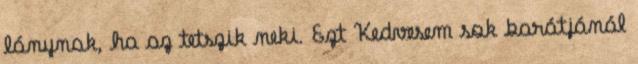
lánynak, ha az tetszik neki. Ezt Kedvesem sok barátjánál